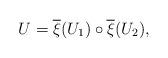
LaTeX: \begin{align*}U= \overline{\xi}(U_1) \circ \overline{\xi}(U_2),\end{align*}